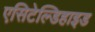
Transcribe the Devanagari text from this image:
एसिटेल्डिहाइड